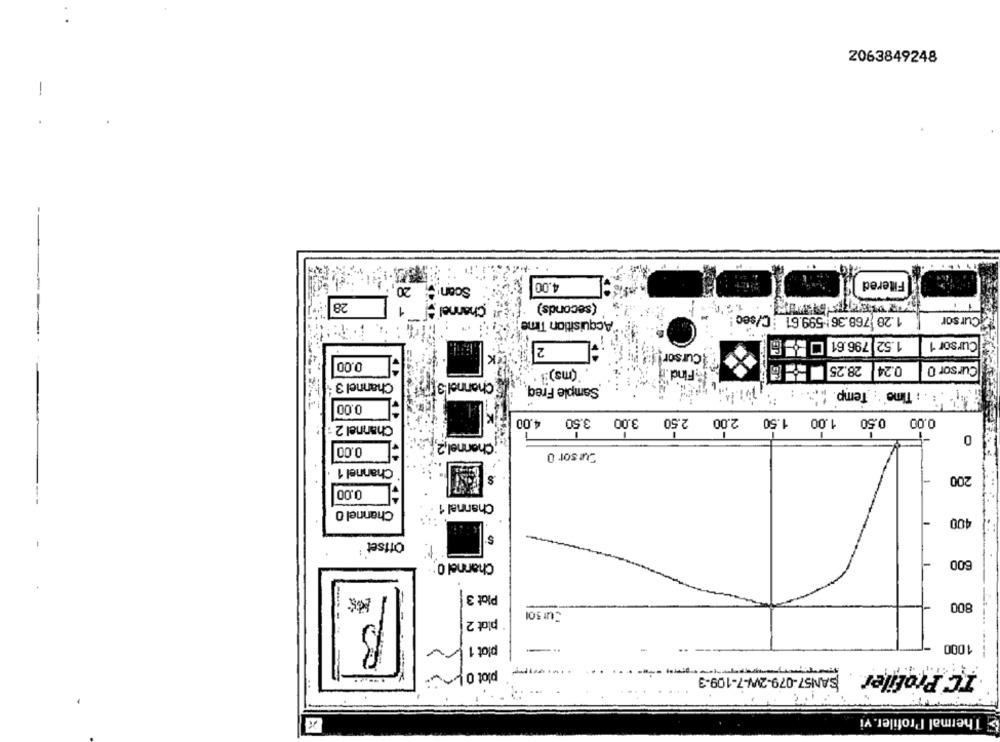
Z063849248
4.00
Filtered
20
Scan
28
(seconds)
Channel !
1.28 768.36:599.61 C/sec
Cursor
Acquisition Time
1.52 796.61 0
Cursor 1
2
Cursor!
0.00
(ms):
Find.
28.25
0.24
Cursor 0
Channel 3
Channel 3
Sample Freq
Temp
HUN- . : Time
0.00
4.00
3.50
3.00
2.00 2.50
1.50
1.00
0.50
0.00
Channel 2 :
0
Channel,2
0.00
Cursor 0
4 1
Channel 1
S
200
0.00
Channel 1
Channel 0
400
Offset
$
Channel 0
800
Plot 3
800
plot 2
--
1000
plot 1
plot on
TC Profiler SANS7-079-2W-7-109.3
Thermal Profiler. vi